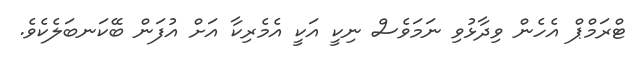
ޓްރަމްޕް އެހެން ވިދާޅުވި ނަމަވެސް ނިކީ އަކީ އެމެރިކާ އަށް އުފަން ބޭކަނބަލެކެވެ.